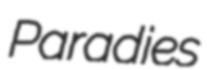
Paradies